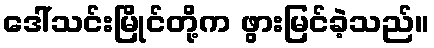
ဒေါ်သင်းမြိုင်တို့က ဖွားမြင်ခဲ့သည်။